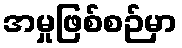
အမှုဖြစ်စဉ်မှာ